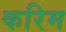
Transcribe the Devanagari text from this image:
करिम